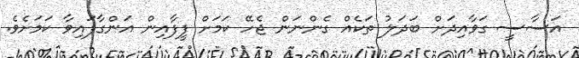
އަސާސީ ގަވާއިދަށް ބަދަލު ތަކެއް ގެންނަން ޖެހޭ ކަމަށް ފީފާއިން އަންގާފައިވާ ކަމަށެވެ.